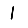
Digit: 1